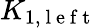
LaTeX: K_{1,\mathrm{~l~e~f~t~}}